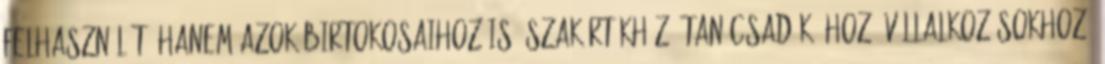
felhasználót, hanem azok birtokosaihoz is: szakértőkhöz, tanácsadók- hoz, vállalkozásokhoz,